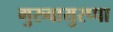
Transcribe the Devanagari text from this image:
गुरुवायुरप्पा